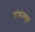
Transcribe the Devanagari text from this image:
रांगांमधून